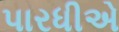
પારધીએ